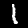
Label: 1